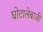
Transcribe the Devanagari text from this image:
घोटालेबाजी